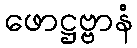
ဖောဋ္ဌဗ္ဗာနံ